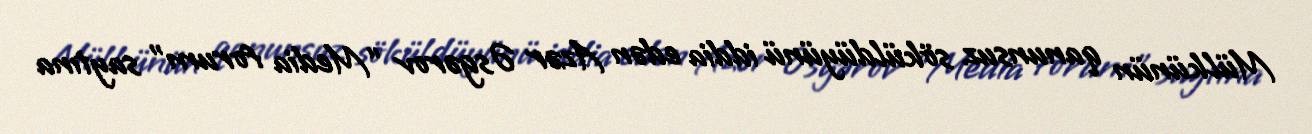
Mülkünün qanunsuz söküldüyünü iddia edən Azər Əsgərov “Media forum” saytına